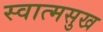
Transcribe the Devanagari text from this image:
स्वात्मसुख